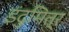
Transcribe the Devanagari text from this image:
इंदुमित्र